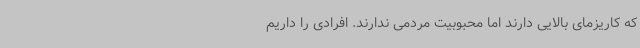
که کاریزمای بالایی دارند اما محبوبیت مردمی ندارند. افرادی را داریم